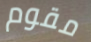
مقوم